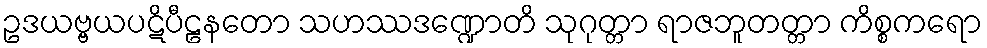
ဥဒယဗ္ဗယပဋိပီဠနတော သဟဿဒဏ္ဍောတိ သုဂုတ္တာ ရာဇဘူတတ္တာ ကိစ္စကရော